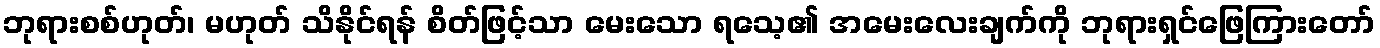
ဘုရားစစ်ဟုတ်၊ မဟုတ် သိနိုင်ရန် စိတ်ဖြင့်သာ မေးသော ရသေ့၏ အမေးလေးချက်ကို ဘုရားရှင်ဖြေကြားတော်